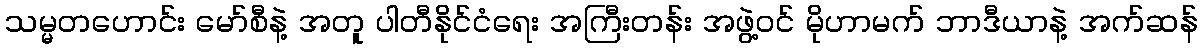
သမ္မတဟောင်း မော်စီနဲ့ အတူ ပါတီနိုင်ငံရေး အကြီးတန်း အဖွဲ့ဝင် မိုဟာမက် ဘာဒီယာနဲ့ အက်ဆန်